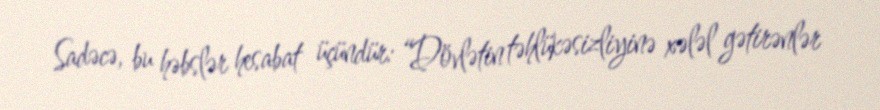
Sadəcə, bu həbslər hesabat üçündür: “Dövlətin təhlükəsizliyinə xələl gətirənlər